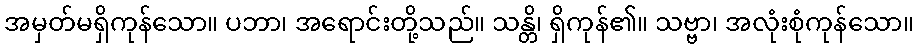
အမှတ်မရှိကုန်သော။ ပဘာ၊ အရောင်းတို့သည်။ သန္တိ၊ ရှိကုန်၏။ သဗ္ဗာ၊ အလုံးစုံကုန်သော။